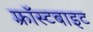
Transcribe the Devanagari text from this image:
फ़्रॉस्टबाइट